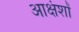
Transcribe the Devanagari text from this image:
आक्षंशों